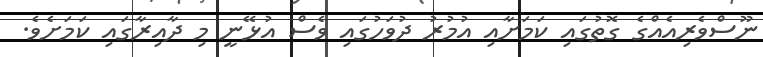
ނޫސްވެރިއެއްގެ ގޮތުގައި ކަމަށާއި އުމުރު ދުވަހުގައި ވެސް އުޅޭނީ މި ދާއިރާގައި ކަމަށެވެ.